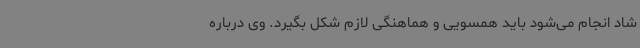
شاد انجام می‌شود باید همسویی و هماهنگی لازم شکل بگیرد. وی درباره